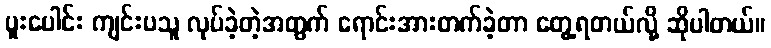
ပူးပေါင်း ကျင်းပသူ လုပ်ခဲ့တဲ့အတွက် ရောင်းအားတက်ခဲ့တာ တွေ့ရတယ်လို့ ဆိုပါတယ်။